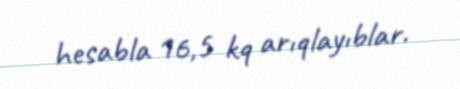
hesabla 16,5 kq arıqlayıblar.